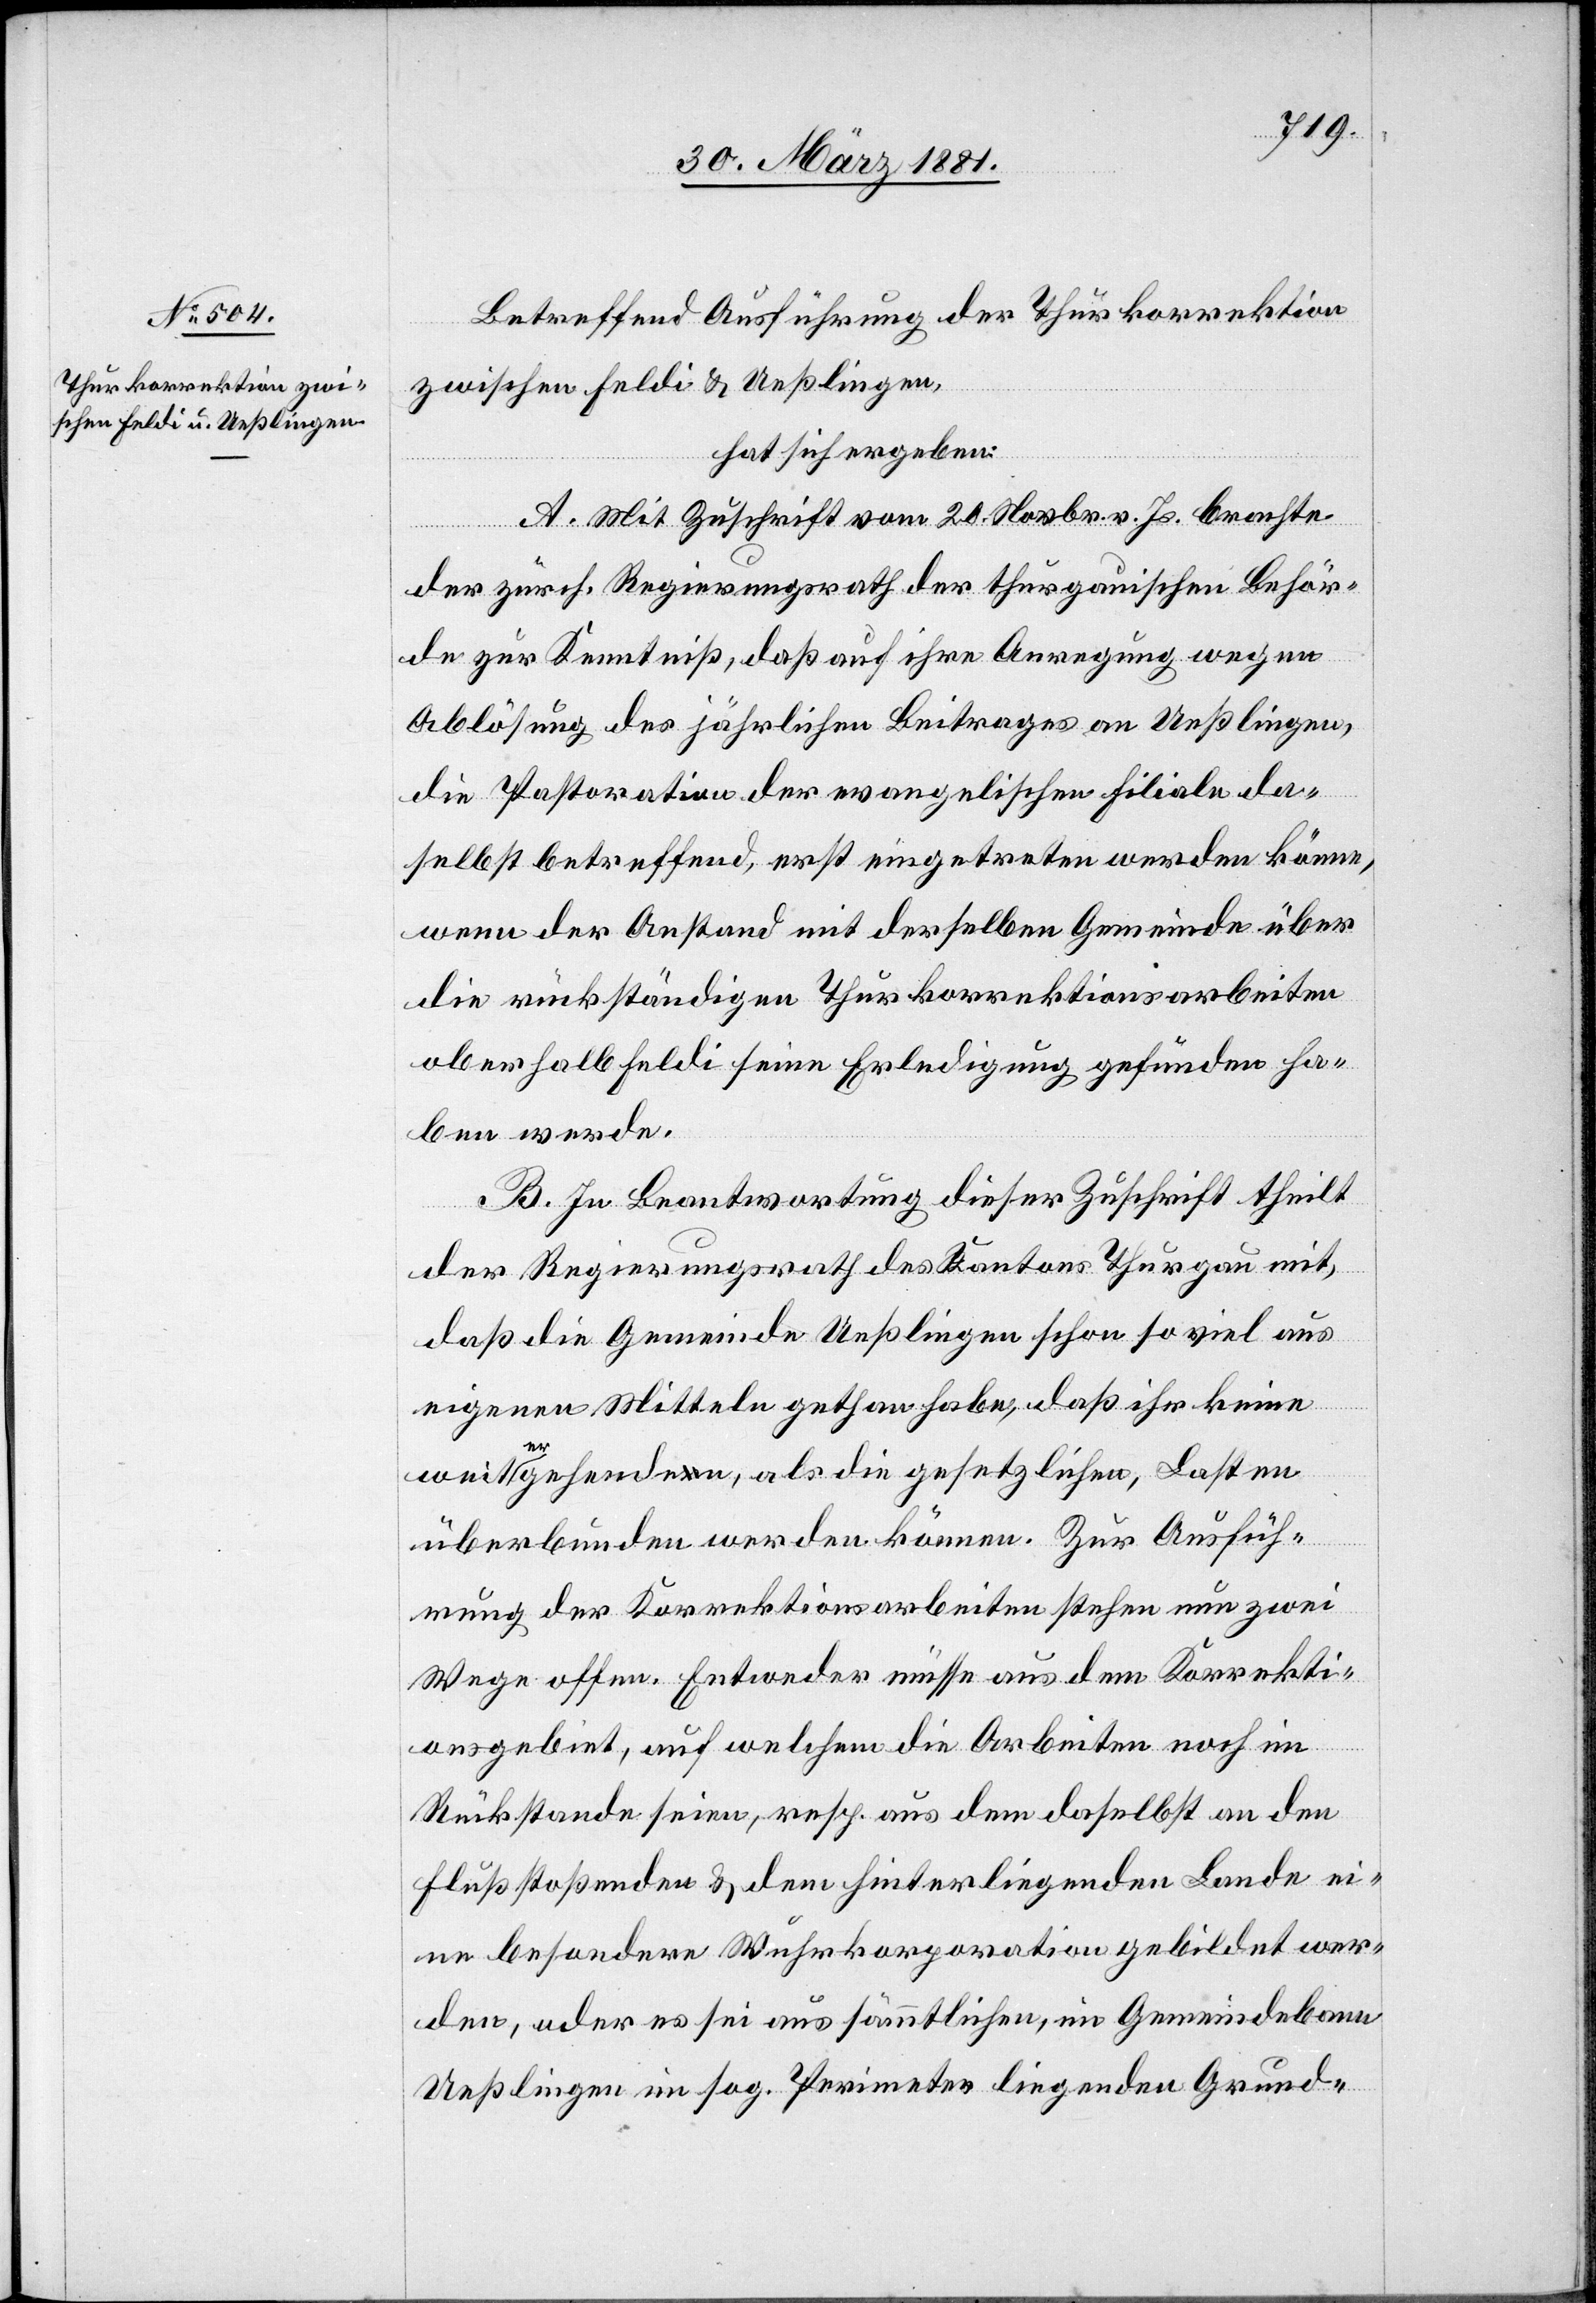
Betreffend Ausführung der Thurkorrektion
zwischen Feldi & Ueßlingen,
hat sich ergeben:
A. Mit Zuschrift vom 20. Novbr. v. Js. brachte
der zürch. Regierungsrath der thurgauischen Behör¬
de zur Kenntniß, daß auf ihre Anregung wegen
Ablösung des jährlichen Beitrages an Ueßlingen,
die Pastoration der evangelischen Filiale da¬
selbst betreffend, erst eingetreten werden könne,
wenn der Anstand mit derselben Gemeinde über
die rückständigen Thurkorrektionsarbeiten
oberhalb Feldi seine Erledigung gefunden ha¬
ben werde.
B. In Beantwortung dieser Zuschrift theilt
der Regierungsrath des Kantons Thurgau mit,
daß die Gemeinde Ueßlingen schon so viel aus
eigenen Mitteln gethan habe, daß ihr keine
weiter gehenden, als die gesetzlichen, Lasten
überbunden werden können. Zur Ausfüh¬
rung der Korrektionsarbeiten stehen nun zwei
Wege offen. Entweder müsse aus dem Korrekti¬
onsgebiet, auf welchem die Arbeiten noch im
Rückstande seien, resp. aus dem daselbst an den
Fluß stoßenden & dem hinterliegenden Lande ei¬
ne besondere Wuhrkorporation gebildet wer¬
den, oder es sei aus sämmtlichen, im Gemeindebann
Ueßlingen im sog. Perimeter liegenden Grund-